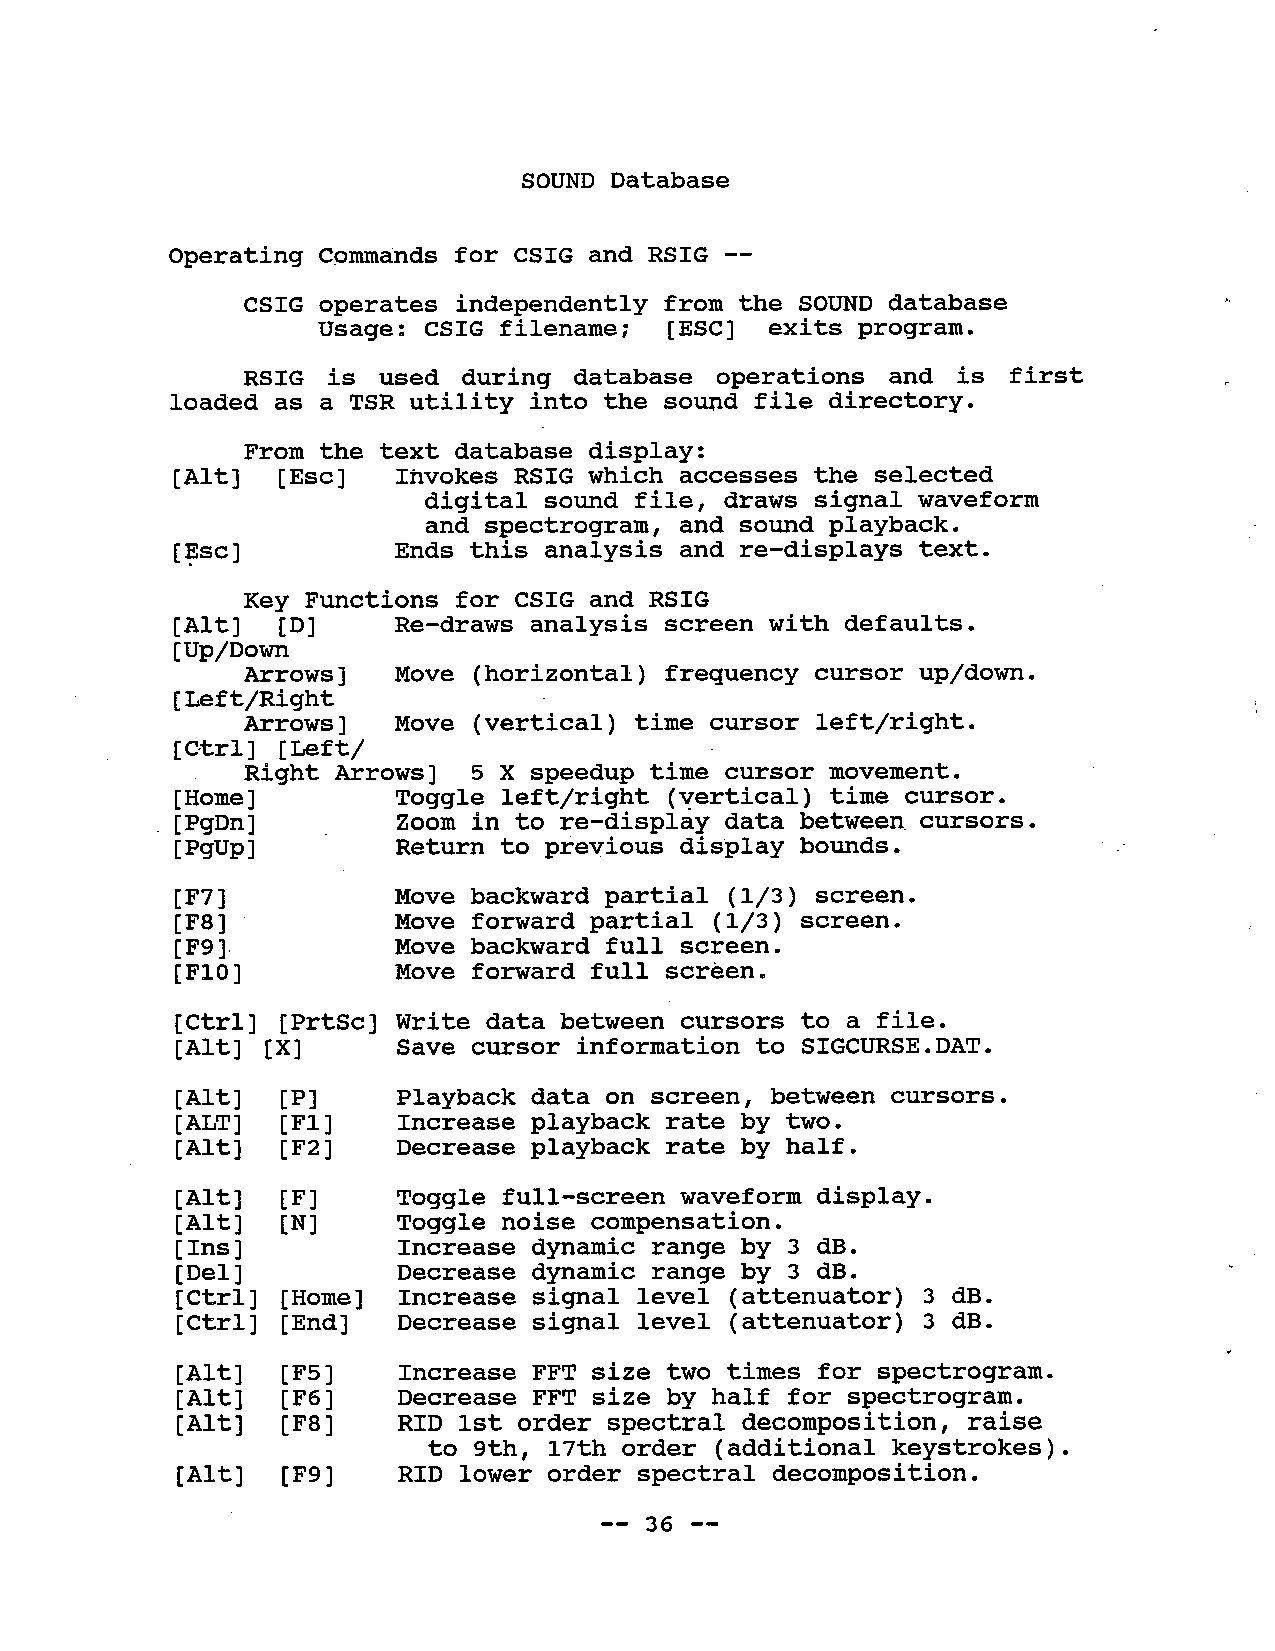
SOUND Database
 Operating Cpmmands for CSIG and RSIG --
 CSIG operates independently from the SOUND database
 Usage: CSIG filename;  (ESC) exits program.
 RSIG  is used during  database operations  and is first
 loaded as a TSR utility into the sound file directory.
 From the text database display:
 (Alt) (Esc)   Invokes RSIG which accesses the selected
 digital sound file, draws signal waveform
 and spectrogram, and sound playback.
 (~sc)         Ends this analysis and re-displays text.
 Key Functions for CSIG and RSIG
 (Alt) (D) Re-draws  analysis  screen with  defaults.
 (Up/Down
 Arrows)  Move  (horizontal) frequency cursor up/down.
 ( Left/Right
 Arrows)  Move   (vertical) time cursor left/right.
 (Ctrl) (Left/
 Right Arrows) 5 X speedup time cursor movement.
 (Home)   Toggle    left/right (vertical) time cursor.
 (PgDn)  Zoom    in to re-dispiåy data between   cursors.
 (PgUp)  Return   to preVious  display  bounds.
 (F7)          Move backward partial (1/3) screen.
 (Fa)          Move forward partial (1/3) screen.
 (F9)          Move backward full screen.
 (FI0)         Move forward full screen.
 (Ctrl) (PrtSc) write data between cursors to a file.
 (Alt) (X) Save  cursor information  to  SIGCURSE.DAT.
 (Al t ) (P)   Playback data on screen, between cursors.
 (ALT)  (Fl)   Increase playback rate by two.
 (Alt)  (F2)   Decrease playback rate by half.
 (Alt)  (F)    Toggle full-screen waveform display.
 (Al t ) (N)   Toggle noise compensation.
 ( Ins)        Increase dynamic range by 3 dB.
 (Del)         Decrease dynamic range by 3 dB.
 (Ctrl) (Home) Increase signal level (attenuator) 3 dB.
 ( Ctr 1 ) ( End) Decrease signal level (attenuator) 3 dB.
 (Al t ) (F5)  Increase FFT size two times for spectrogram.
 (Al t ) (F6 ) Decrease FFT size by half for spectrogram.
 (Fa)   RID 1st order spectral decomposition, raise
 (Al t)
 to 9th, 17th order (additional keystrokes).
 (Al t ) (F9)  RID lower order spectral decomposition.
 -- 36 --